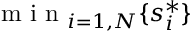
\textrm { m i n } _ { i = 1 , N } \{ s _ { i } ^ { * } \}